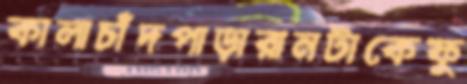
কালাচাঁদপাড়ারানটাকেফু